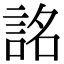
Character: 詺